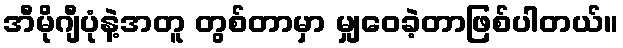
အီမိုဂျီပုံနဲ့အတူ တွစ်တာမှာ မျှဝေခဲ့တာဖြစ်ပါတယ်။